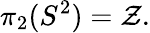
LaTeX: \pi_{2}(S^{2})=\mathcal{Z}.